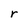
Character: r